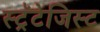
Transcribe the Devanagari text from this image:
स्ट्रॅटेजिस्ट